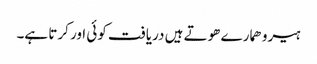
ہیرو ھمارے ھوتے ہیں دریافت کوئی اور کرتا ہے۔